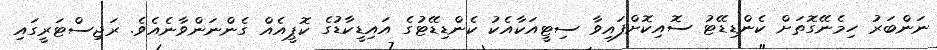
ނަންބަރު ހިމެނޭގޮތަށް ކެންޑިޑޭޓު ސޮއިކޮށްފައިވާ ސިޓީއަކާއެކު ކެންޑިޑޭޓުގެ އައިޑީކާޑުގެ ކޮޕީއެއް ގެންނަންވާނެއެވެ. ރަޖިސްޓަރީގައި